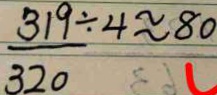
\frac { 3 1 9 } { 3 2 0 } \div 4 \approx 8 0